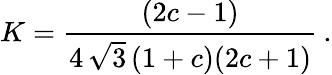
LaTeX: K=\frac{(2c-1)}{4\, \sqrt{3}\, (1+c)(2c+1)}\: .